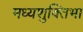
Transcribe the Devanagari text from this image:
मध्यशुक्तिभा